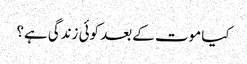
کیا موت کے بعد کوئی زندگی ہے؟